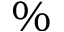
\%